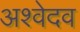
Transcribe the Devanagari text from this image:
अश्वेदव